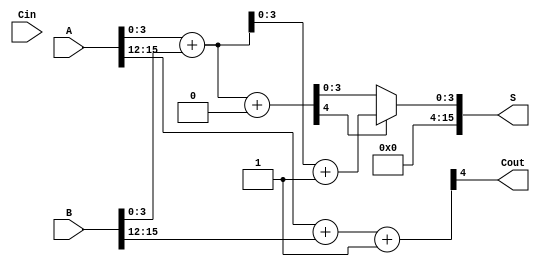
module HybridCarrySelectAdder #(parameter N = 16) (
    input [N-1:0] A,        // First n-bit input
    input [N-1:0] B,        // Second n-bit input
    input Cin,              // Carry-in
    output [N-1:0] S,       // Sum output
    output Cout             // Carry-out
);
    localparam SEGMENT_SIZE = 4; // Size of each segment
    localparam NUM_SEGMENTS = N / SEGMENT_SIZE;

    wire [SEGMENT_SIZE:0] carry; // Carry outputs for each segment
    wire [SEGMENT_SIZE-1:0] S0 [0:NUM_SEGMENTS-1]; // Sums assuming carry-in = 0
    wire [SEGMENT_SIZE-1:0] S1 [0:NUM_SEGMENTS-1]; // Sums assuming carry-in = 1

    // Generate the segments
    genvar i, j;
    generate
        for (i = 0; i < NUM_SEGMENTS; i = i + 1) begin : segment
            wire [SEGMENT_SIZE-1:0] A_segment = A[(i+1)*SEGMENT_SIZE-1:i*SEGMENT_SIZE];
            wire [SEGMENT_SIZE-1:0] B_segment = B[(i+1)*SEGMENT_SIZE-1:i*SEGMENT_SIZE];

            // Full adders for carry-in = 0
            assign {carry[i], S0[i]} = A_segment + B_segment + 1'b0;

            // Full adders for carry-in = 1
            assign {carry[i+1], S1[i]} = A_segment + B_segment + 1'b1;
        end
    endgenerate

    // Select the appropriate sum based on carry
    assign S = (carry[0] == 1'b0) ? S0[0] : S1[0];
    generate
        for (j = 1; j < NUM_SEGMENTS; j = j + 1) begin : carry_select
            assign S[(j+1)*SEGMENT_SIZE-1:j*SEGMENT_SIZE] = (carry[j] == 1'b0) ? S0[j] : S1[j];
        end
    endgenerate

    // Final carry-out
    assign Cout = carry[NUM_SEGMENTS];

endmodule